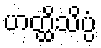
ဟတ္ထိသိပ္ပံ